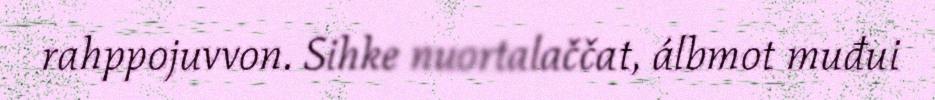
rahppojuvvon. Sihke nuortalaččat, álbmot muđui